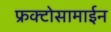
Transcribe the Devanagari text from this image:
फ्रक्टोसामाईन